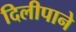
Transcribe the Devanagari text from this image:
दिलीपाने